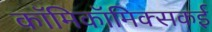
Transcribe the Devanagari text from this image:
काॅमिकॉमिक्सकई